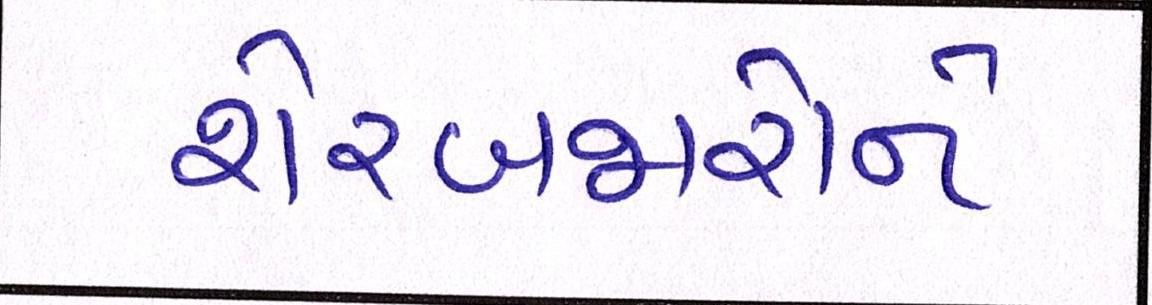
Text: શેરબજારોને